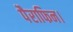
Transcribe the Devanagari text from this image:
पैराफिन।